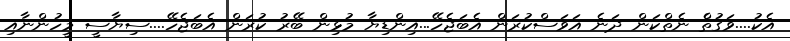
އެކު....ވަގުތެެް ނެތްކަން ދަނެ އަވަސްކުރަން އެބަޖެހޭ...އިންޑިޔާ މުޅިން ބޭރު ކުރަން އެބަޖެހޭ....ސިޔާސީ މީހުންނާއި